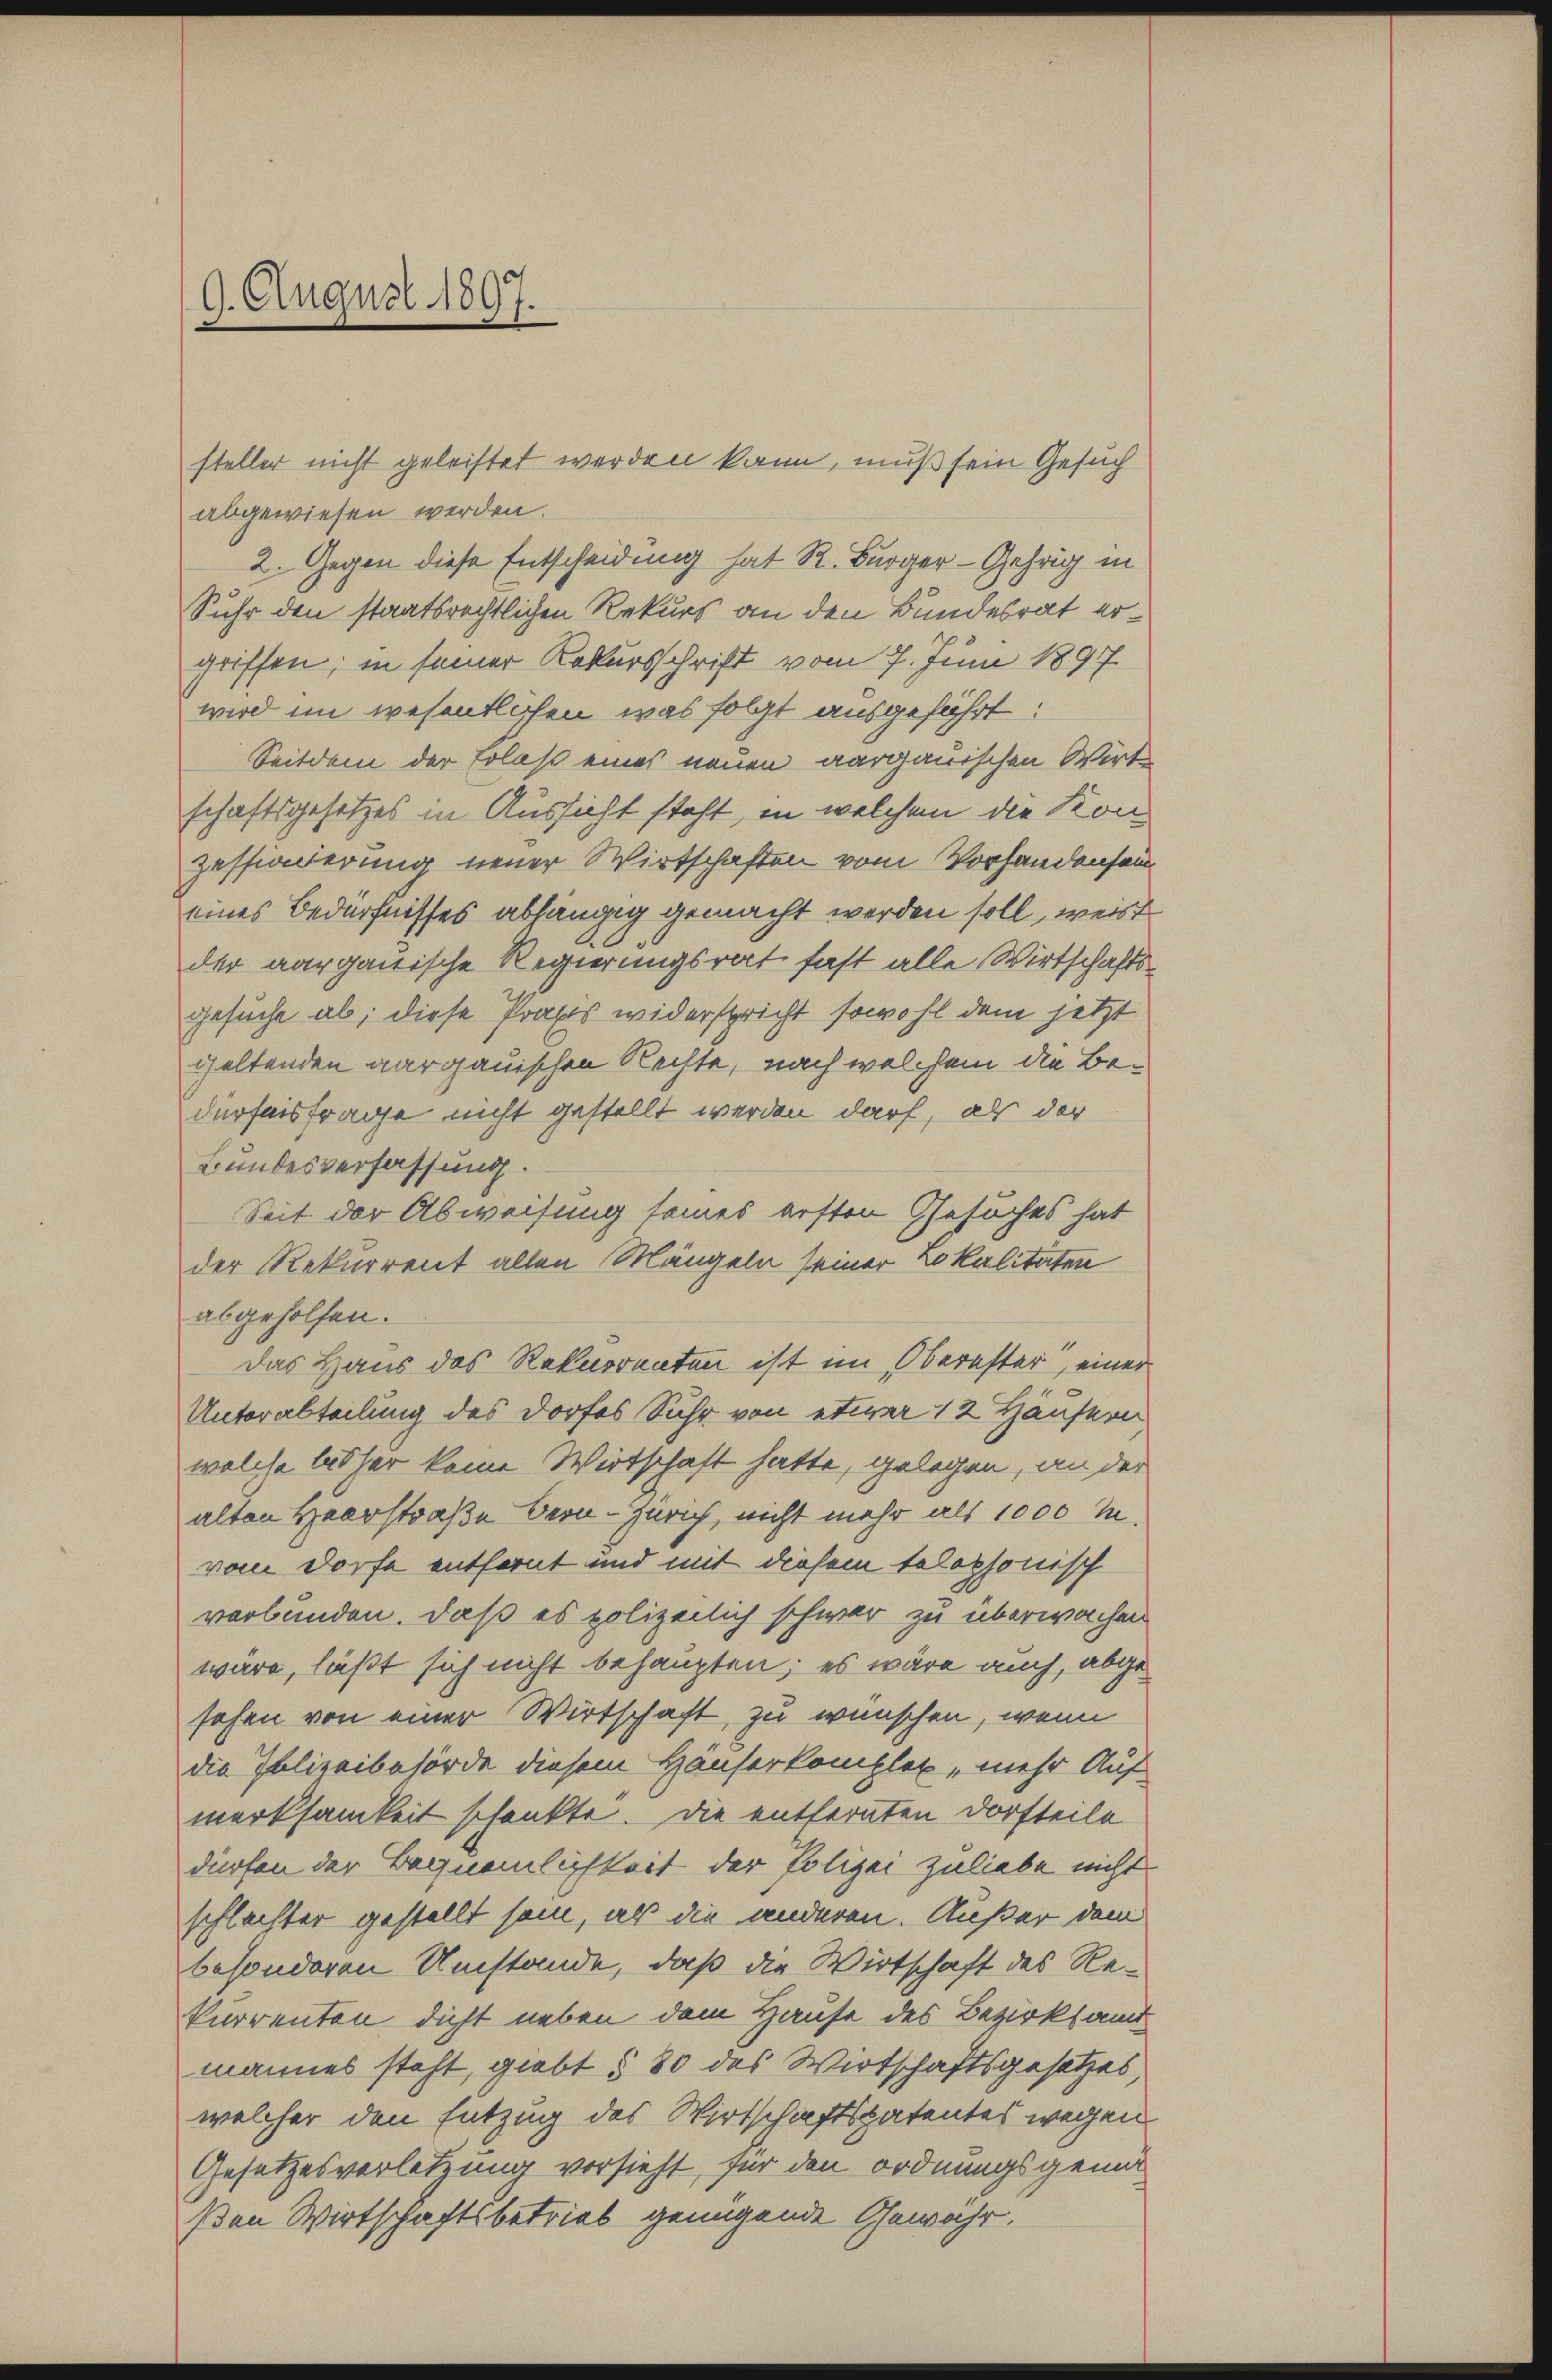
9. August 1897.

abgewiesen werden.
2. Gegen diese Entscheidung hat R. Bürger-Gehrig in
Suhr den staatsrechtlichen Rekurs an den Bundesrat ergriffen; in seiner Rekursschrift vom 7. Juni 1897
wird im wesentlichen was folgt ausgeführt:
Seitdem der Erlaß eines neuen aargauischen Wirt
schaftsgesetzes in Aussicht steht, in welchen die Konzessinnerung neuer Wirtschaften vom Vorhandensam
eines Bedürfnisses abhängig gemacht werden soll, weist
der aarganische Regierungsrat fast alle Wirtschaftsgesuche ab, diese Praxis widerspricht sowohl dem jetzt
cheltenden aargauischen Rechte, nach welchem die Be-
dürfnisfrage nicht gestellt werden darf, als der
Bundesverfassung.
Seit der Abweisung seines ersten Gesuches hat
der Rekurrent allen Mängeln seiner Lokalitäten
abgeholfen.
Das Haus des Rekurrenten ist im Oberaster, einer
Unterabteilung des Dorfes Suhr von etwa 12 Häusern
welche bisher keine Wirtschaft hatte, gelegen, an der
alten Heerstraße bern - Zürich, nicht mehr als 1000 M.
vom Dorfe entfernt und mit diesem telephonisch
verbunden. Daß es polizeilich schwer zu überwachen
wäre, läßt sich nicht behaupten; es wäre auch, abgesehen von einer Wirtschaft, zu wünschen, wenn
die Polizeibehörde diesem Häuserkomplet, mehr Aufmerksamkeit schenkte. Die entfernten Dorfteile
dürfen der Begnämlichkeit der Polizei zuliebe nicht
schlachter gestellt sein, als die anderen. Außer dem
besonderen Umstände, daß die Wirtschaft des Rekurrenten dicht neben dem Hause des Bezirksamt
mannes steht, giebt § 80 des Wirtschaftsgesetzes,
welcher den Entzug des Wirtschaftspatentes wegen
Gesetzesverletzung versieht, für den ordnungsgemüt
ßen Wirtschaftsbetrieb genügende Gewahr.

steller nicht geleistet werden kann, muß sein Gesuch